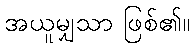
အယူမျှသာ ဖြစ်၏။